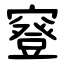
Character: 䆸